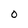
Character: O